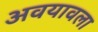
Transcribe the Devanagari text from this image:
अवयावला